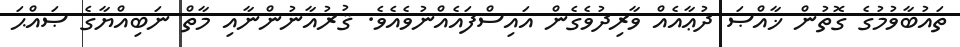
ތައުބާވުމުގެ ގޮތުން ޚާއްޞަ ދުޢާއެއް ވާރިދުވެގެން އައިސްފައެއްނުވެއެވެ. ޤުރުއާނުންނާއި މާތް ނަބިއްޔާގެ ޞައްޙަ